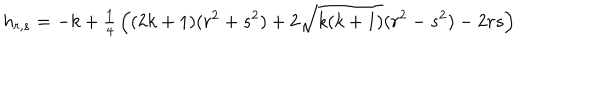
LaTeX: h _ { r , s } = - k + { \textstyle \frac { 1 } { 4 } } \left( ( 2 k + 1 ) ( r ^ { 2 } + s ^ { 2 } ) + 2 \sqrt { k ( k + 1 ) } ( r ^ { 2 } - s ^ { 2 } ) - 2 r s \right)